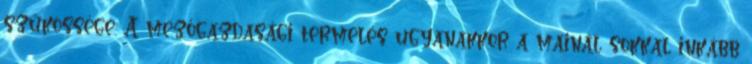
szűkössége. A mezőgazdasági termelés ugyanakkor a mainál sokkal inkább